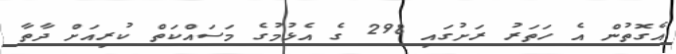
އެގޮތުން އެ ހަތަރު ރަށުގައި 298 ގެ އެޅުމުގެ މަސައްކަތް ކުރިއަށް ދާތާ